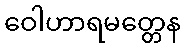
ဝေါဟာရမတ္တေန